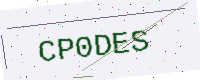
Text: CP0DES